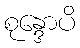
စုန္ဒောပိ